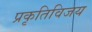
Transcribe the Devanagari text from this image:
प्रकृतिविजय